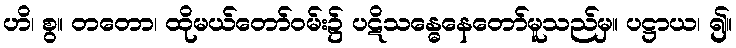
ဟိ၊ စွ။ တတော၊ ထိုမယ်တော်ဝမ်း၌ ပဋိသန္ဓေနေတော်မူသည်မှ။ ပဋ္ဌာယ၊ ၍။